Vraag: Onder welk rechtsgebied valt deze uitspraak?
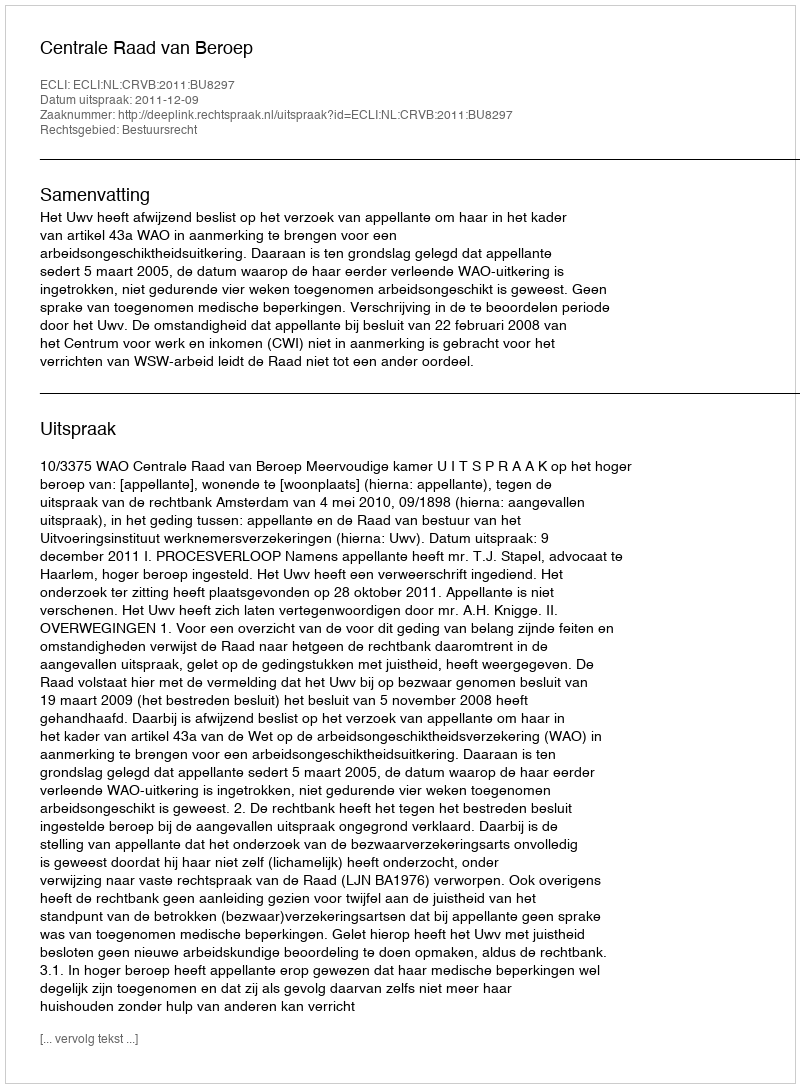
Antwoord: Bestuursrecht